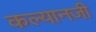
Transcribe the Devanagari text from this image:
कल्यानजी